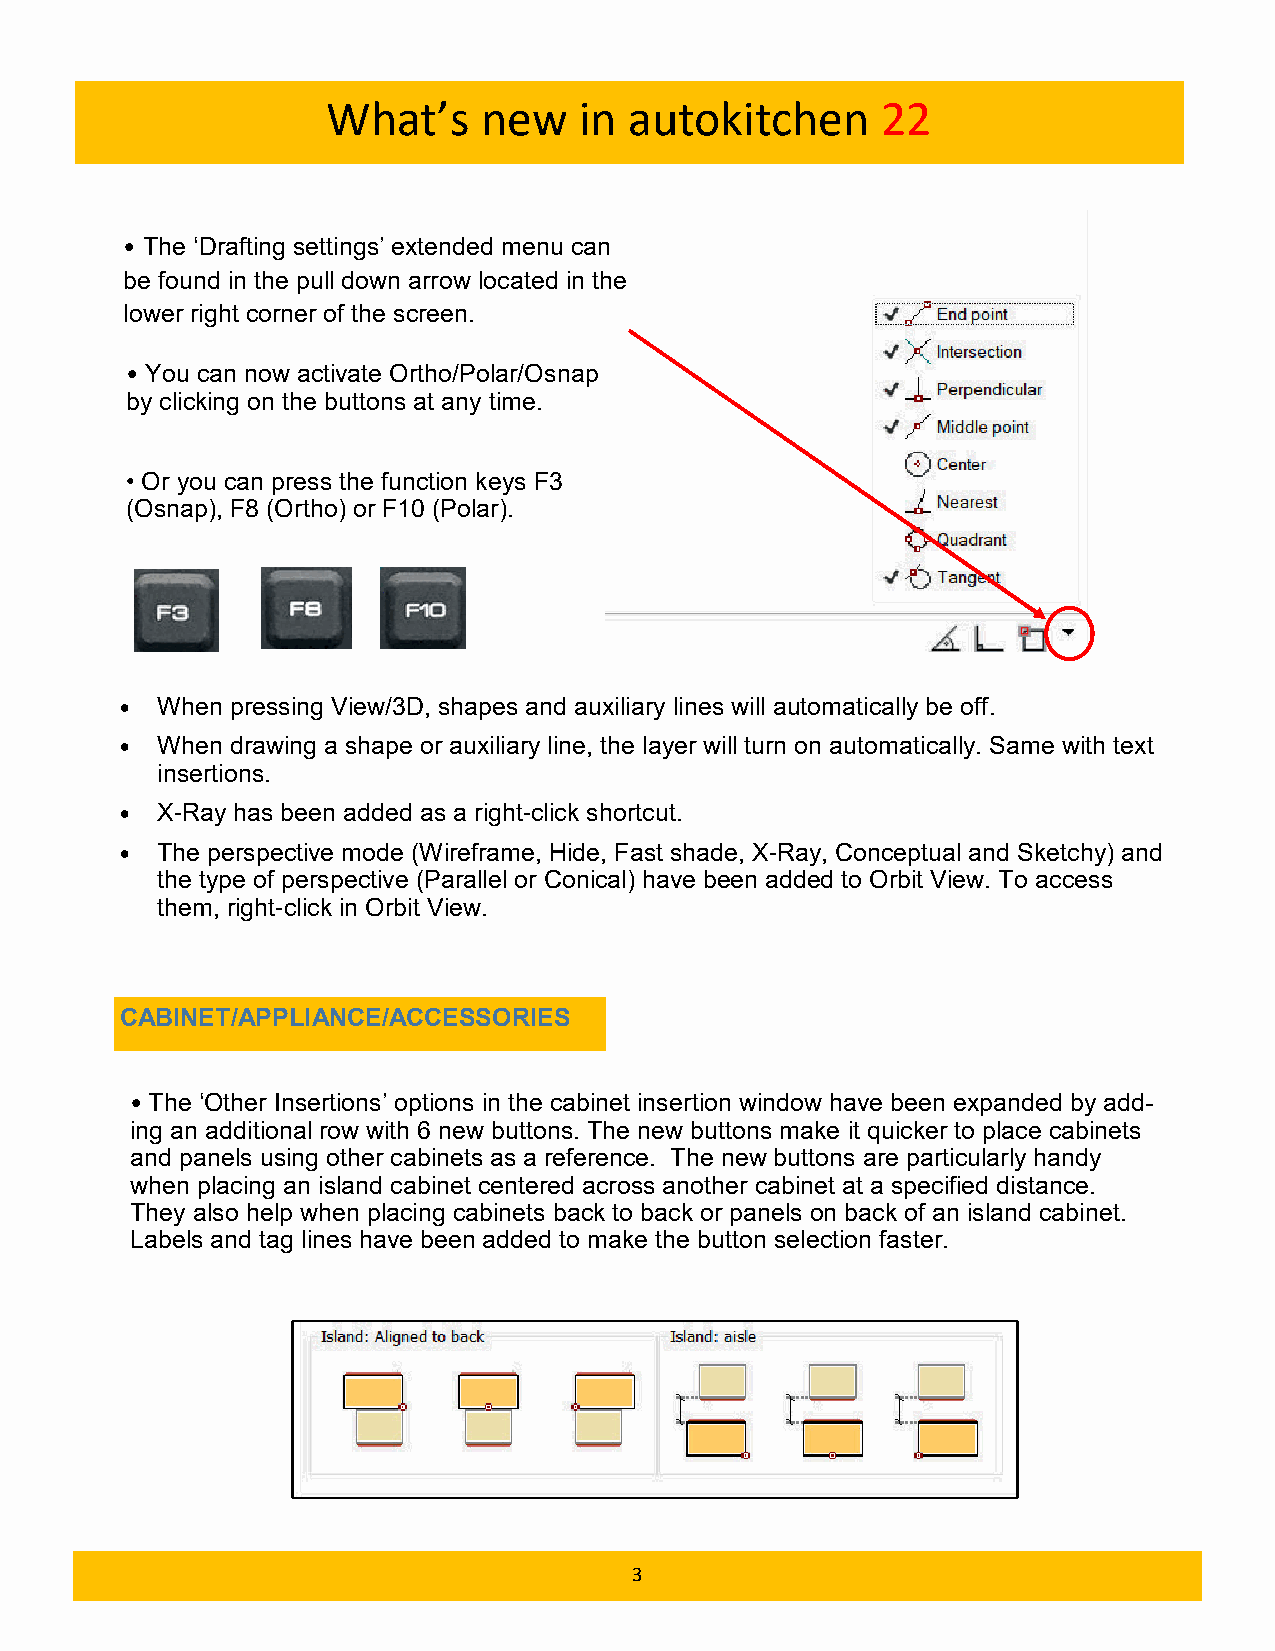
What’s    new   in  autokitchen     22
 • The ‘Drafting settings’ extended menu can
 be found in the pull down arrow located in the
 lower right corner of the screen.
 • You can now activate Ortho/Polar/Osnap
 by clicking on the buttons at any time.
 • Or you can press the function keys F3
 (Osnap), F8 (Ortho) or F10 (Polar).
 • When pressing View/3D, shapes and auxiliary lines will automatically be off.
 • When drawing a shape or auxiliary line, the layer will turn on automatically. Same with text
 insertions.
 • X-Ray has been added as a right-click shortcut.
 • The perspective mode (Wireframe, Hide, Fast shade, X-Ray, Conceptual and Sketchy) and
 the type of perspective (Parallel or Conical) have been added to Orbit View. To access
 them, right-click in Orbit View.
 CABINET/APPLIANCE/ACCESSORIES
 • The ‘Other Insertions’ options in the cabinet insertion window have been expanded by add-
 ing an additional row with 6 new buttons. The new buttons make it quicker to place cabinets
 and panels using other cabinets as a reference. The new buttons are particularly handy
 when placing an island cabinet centered across another cabinet at a specified distance.
 They also help when placing cabinets back to back or panels on back of an island cabinet.
 Labels and tag lines have been added to make the button selection faster.
 3